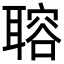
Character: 𦗋